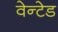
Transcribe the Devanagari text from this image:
वेन्टेड